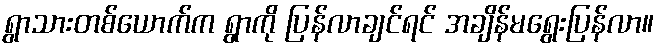
ရွာသားတစ်ယောက်က ရွာကို ပြန်လာချင်ရင် အချိန်မရွေးပြန်လာ။